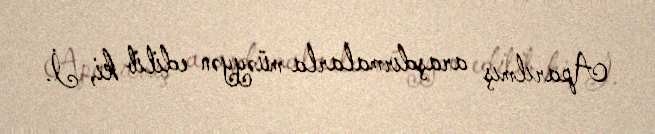
Aparılmış araşdırmalarla müəyyən edilib ki, İ.